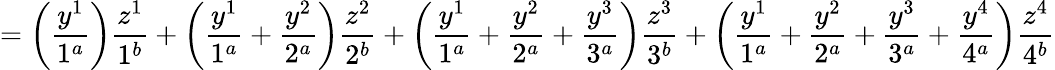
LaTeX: =\left(\frac{y^{1}}{1^{a}}\right)\frac{z^{1}}{1^{b}}+\left(\frac{y^{1}}{1^{a}}+\frac{y^{2}}{2^{a}}\right)\frac{z^{2}}{2^{b}}+\left(\frac{y^{1}}{1^{a}}+\frac{y^{2}}{2^{a}}+\frac{y^{3}}{3^{a}}\right)\frac{z^{3}}{3^{b}}+\left(\frac{y^{1}}{1^{a}}+\frac{y^{2}}{2^{a}}+\frac{y^{3}}{3^{a}}+\frac{y^{4}}{4^{a}}\right)\frac{z^{4}}{4^{b}}